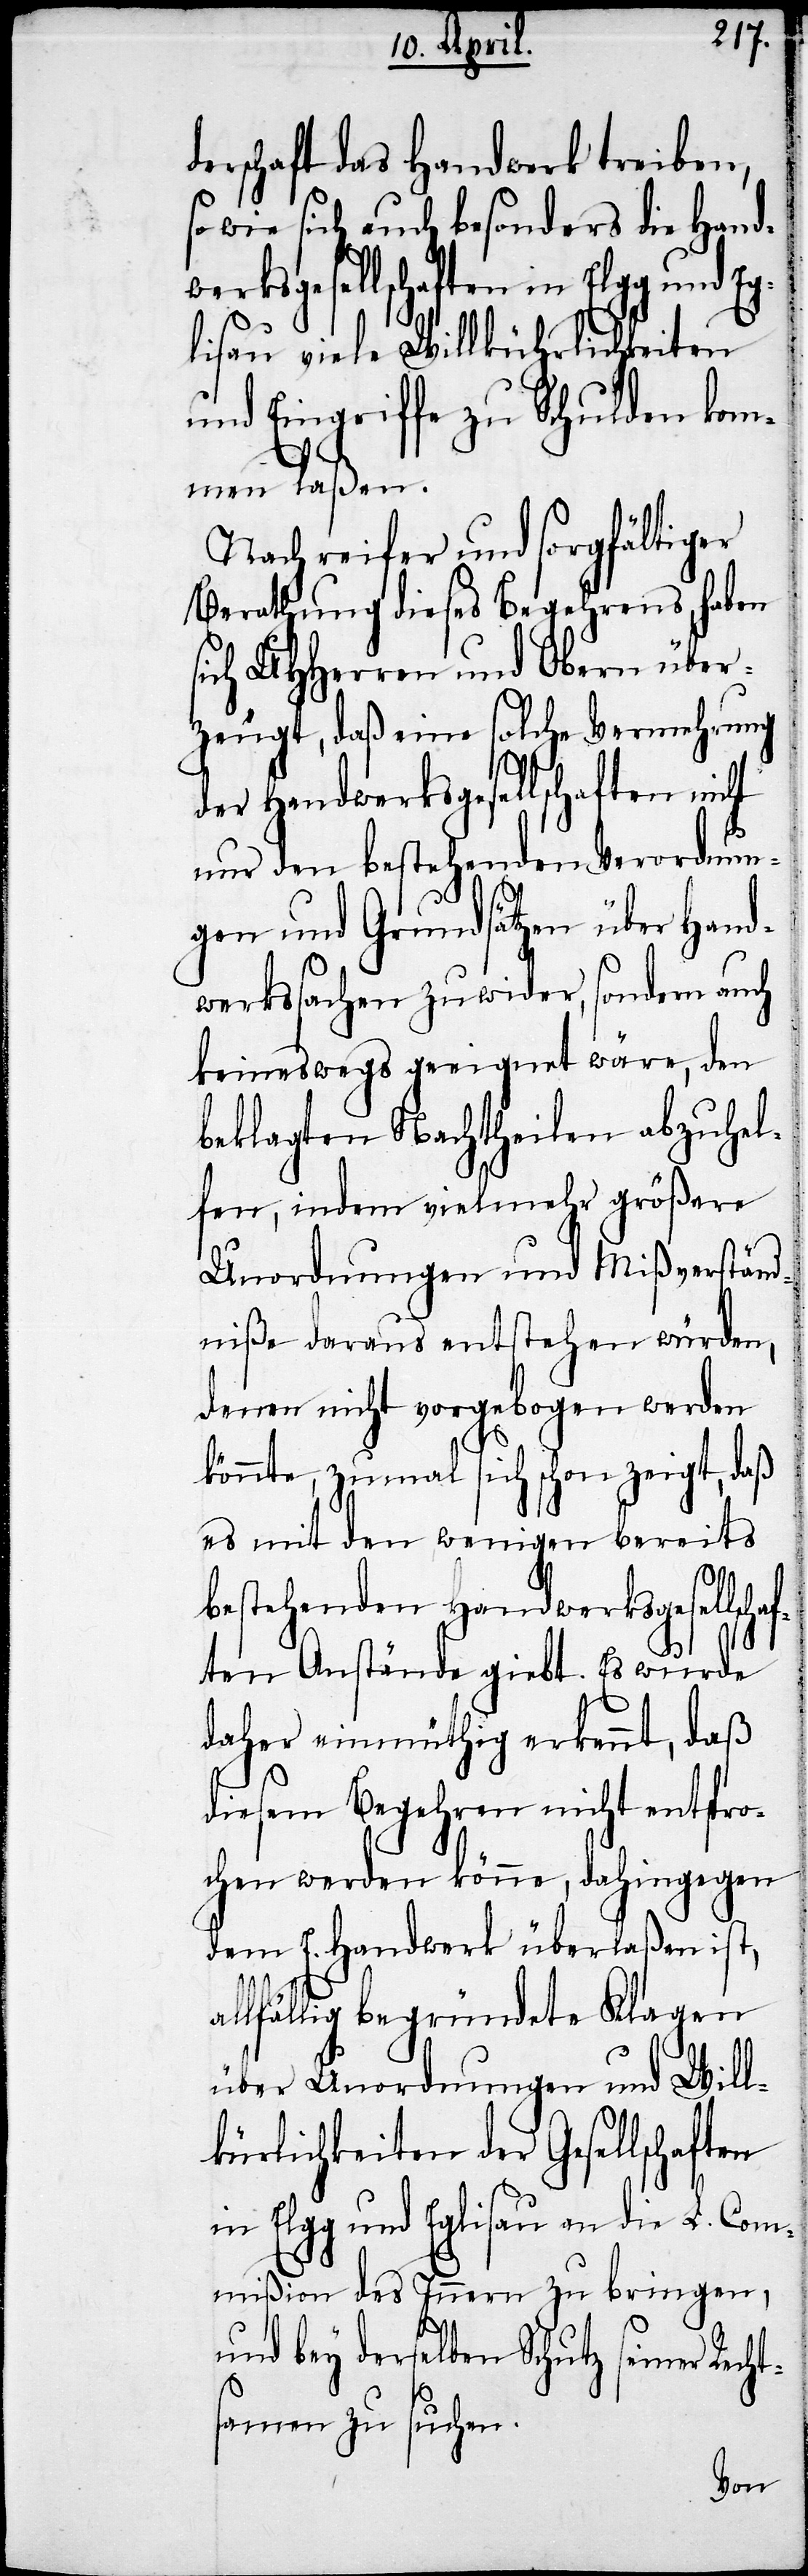
derschaft das Handwerk treiben,
so wie sich auch besonders die Hand¬
werksgesellschaften in Elgg und
lisau viele Willkührlichkeiten
und Eingriffe zu Schulden kom¬
men laßen.
Nach reifer und sorgfältiger
Berathung dieses Begehrens, haben
sich UHHerren und Obern über¬
zeugt, daß eine solche Vermehrung
der Handwerksgesellschaften nicht
nur den bestehenden Verordnun¬
gen und Grundsätzen über Hand¬
werkssachen zuwider, sondern auch
keineswegs geeignet wäre, den
beklagten Nachtheilen abzuhel¬
fen, indem vielmehr größere
Unordnungen und Mißverständ¬
niße daraus entstehen würden,
denen nicht vorgebogen werden
könnte, zumal sich schon zeigt, daß
es mit den wenigen bereits
bestehenden Handwerksgesellsc¬
ften Anstände giebt. Es wurde
t¬
daher einmüthig erkennt, daß
diesem Begehren nicht entspro¬
chen werden könne, dahingegen
dem E. Handwerk überlaßen ist,
lfällig begründete Klagen
über Unordnungen und Will¬
kürlichkeiten der Gesellschaften
in Elgg und Eglisau an die L. Com¬
mißion des Innern zu bringen,
und bey derselben Schutz seiner Rech¬
samen zu suchen.